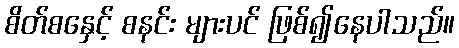
စိတ်စနှေင့် စနင်း များပင် ဖြစ်၍နေပါသည်။